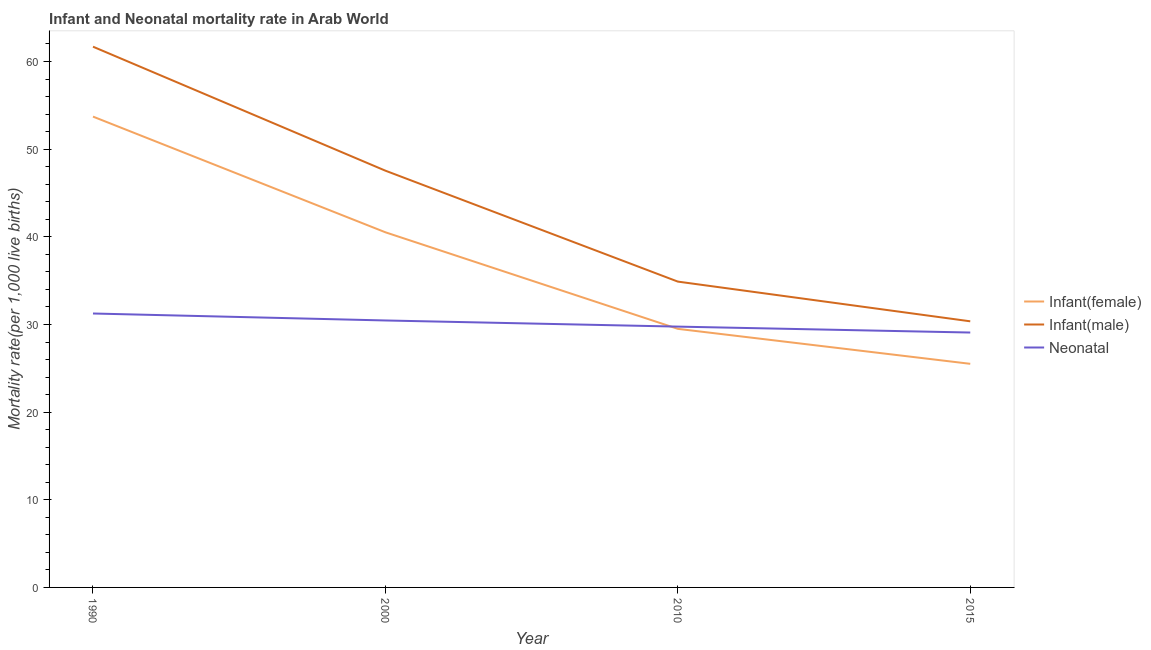
| Year | Infant(female) | Infant(male) | Neonatal  |
 | --- | --- | --- | --- |
 | 1990 | 53.7 | 61.7 | 31.3 |
 | 2000 | 40.5 | 47.5 | 30.5 |
 | 2010 | 29.5 | 34.9 | 29.8 |
 | 2015 | 25.5 | 30.4 | 29.1 |